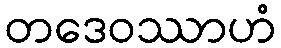
တဒေဝဿာဟံ